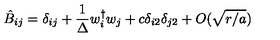
\hat { B } _ { i j } = \delta _ { i j } + { \frac { 1 } { \Delta } } w _ { i } ^ { \dagger } w _ { j } + c \delta _ { i 2 } \delta _ { j 2 } + O ( \sqrt { r / a } )